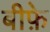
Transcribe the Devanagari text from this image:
बीफ़े